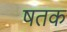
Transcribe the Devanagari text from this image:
षतक